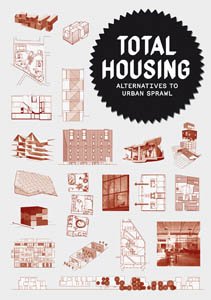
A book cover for Total Housing: Alternatives to Urban Sprawl; Arts & Photography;